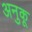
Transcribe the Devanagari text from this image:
अनुकू